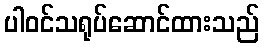
ပါဝင်သရုပ်ဆောင်ထားသည်